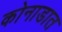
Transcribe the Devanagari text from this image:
कोनाडात